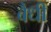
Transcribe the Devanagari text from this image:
बैधी